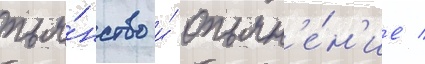
пья́нство и́ опьян'е́н'ие /